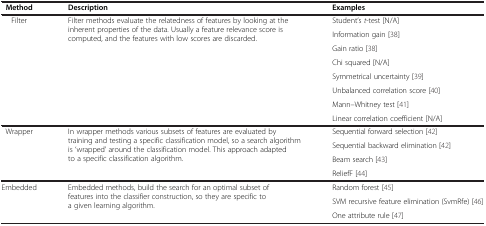
<table><thead><tr><td><b>Method</b></td><td><b>Description</b></td><td><b>Examples</b></td></tr></thead><tbody><tr><td rowspan="8">Filter</td><td rowspan="8">Filter methods evaluate the relatedness of features by looking at the inherent properties of the data. Usually a feature relevance score is computed, and the features with low scores are discarded.</td><td>Student’s <i>t</i>-test [N/A]</td></tr><tr><td>Information gain [38]</td></tr><tr><td>Gain ratio [38]</td></tr><tr><td>Chi squared [N/A]</td></tr><tr><td>Symmetrical uncertainty [39]</td></tr><tr><td>Unbalanced correlation score [40]</td></tr><tr><td>Mann–Whitney test [41]</td></tr><tr><td>Linear correlation coefficient [N/A]</td></tr><tr><td rowspan="4">Wrapper</td><td rowspan="4">In wrapper methods various subsets of features are evaluated by training and testing a specific classification model, so a search algorithm is ‘wrapped’ around the classification model. This approach adapted to a specific classification algorithm.</td><td>Sequential forward selection [42]</td></tr><tr><td>Sequential backward elimination [42]</td></tr><tr><td>Beam search [43]</td></tr><tr><td>ReliefF [44]</td></tr><tr><td rowspan="3">Embedded</td><td rowspan="3">Embedded methods, build the search for an optimal subset of features into the classifier construction, so they are specific to a given learning algorithm.</td><td>Random forest [45]</td></tr><tr><td>SVM recursive feature elimination (SvmRfe) [46]</td></tr><tr><td>One attribute rule [47]</td></tr></tbody></table>